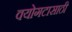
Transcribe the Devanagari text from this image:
वयोगटासाठी